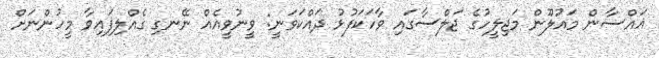
ޣައްސާން މައުލޫން މަޖިލީހުގެ ޖަލްސާގައި ވާހަކަފުޅު ދައްކަވަނީ: ވީނުވީއެއް ނޭނގި ގެއްލިފައިވާ މީހުންނަށް